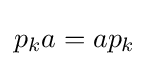
p_{k}a=ap_{k}